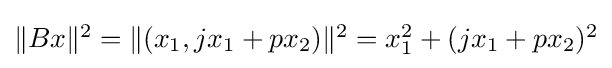
{\textstyle \|Bx\|^{2}=\|(x_{1},jx_{1}+px_{2})\|^{2}=x_{1}^{2}+(jx_{1}+px_{2})^{2}}